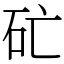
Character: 𥐞